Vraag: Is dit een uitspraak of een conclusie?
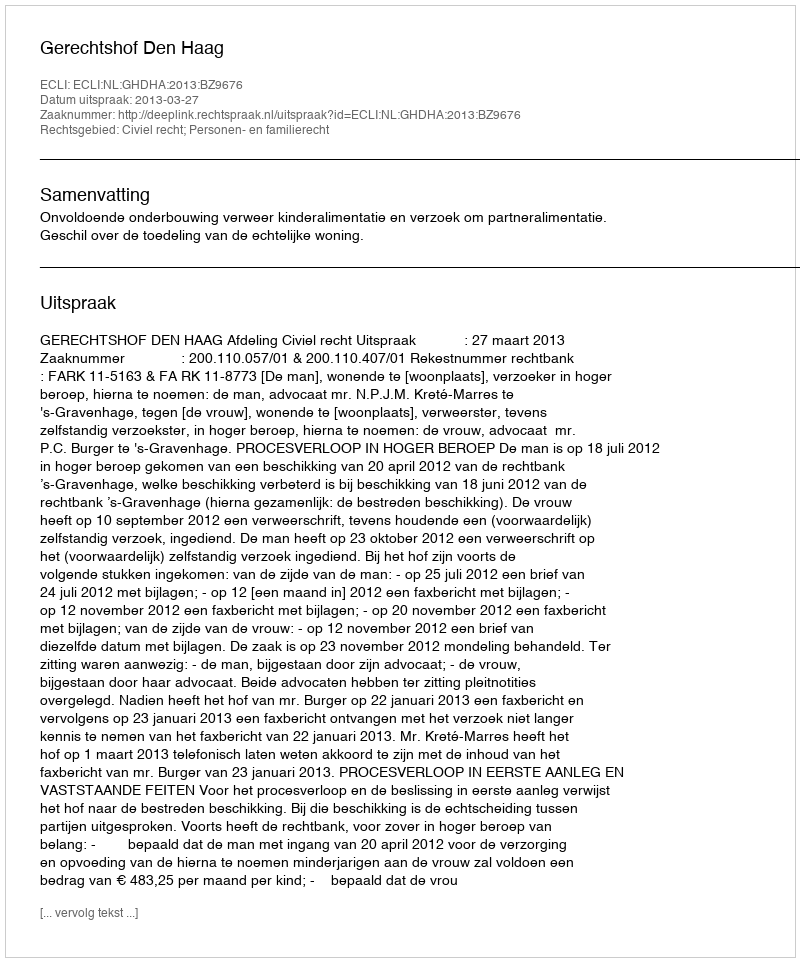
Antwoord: Uitspraak